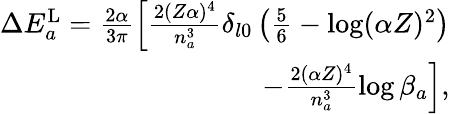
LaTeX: \begin{array}{r}{\Delta E_{a}^{\mathrm{L}}=\frac{2\alpha}{3\pi}\left[\frac{2(Z\alpha)^{4}}{n_{a}^{3}}\delta_{l0}\left(\frac{5}{6}-\log(\alpha Z)^{2}\right)\right.}\\ {\left.-\frac{2(\alpha Z)^{4}}{n_{a}^{3}}\log\beta_{a}\right],}\end{array}